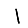
Digit: 1